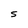
Character: S